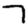
Digit: 7